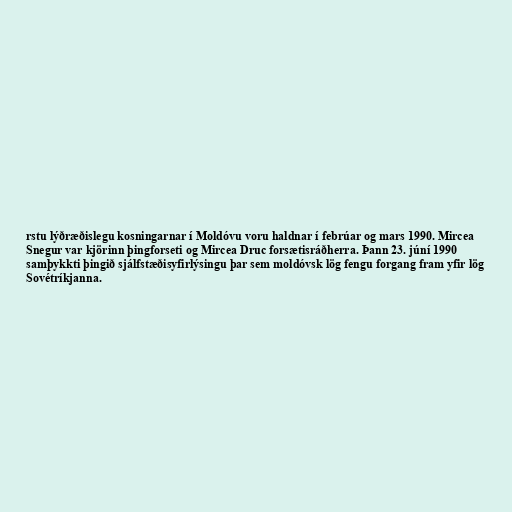
rstu lýðræðislegu kosningarnar í Moldóvu voru haldnar í febrúar og mars 1990. Mircea
Snegur var kjörinn þingforseti og Mircea Druc forsætisráðherra. Þann 23. júní 1990
samþykkti þingið sjálfstæðisyfirlýsingu þar sem moldóvsk lög fengu forgang fram yfir lög
Sovétríkjanna.